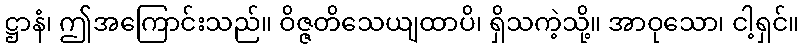
ဋ္ဌာနံ၊ ဤအကြောင်းသည်။ ဝိဇ္ဇတိသေယျထာပိ၊ ရှိသကဲ့သို့။ အာဝုသော၊ ငါ့ရှင်။